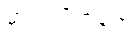
မာတာပိတရော